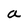
Character: a